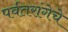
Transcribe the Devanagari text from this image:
पर्वतरांगेचे